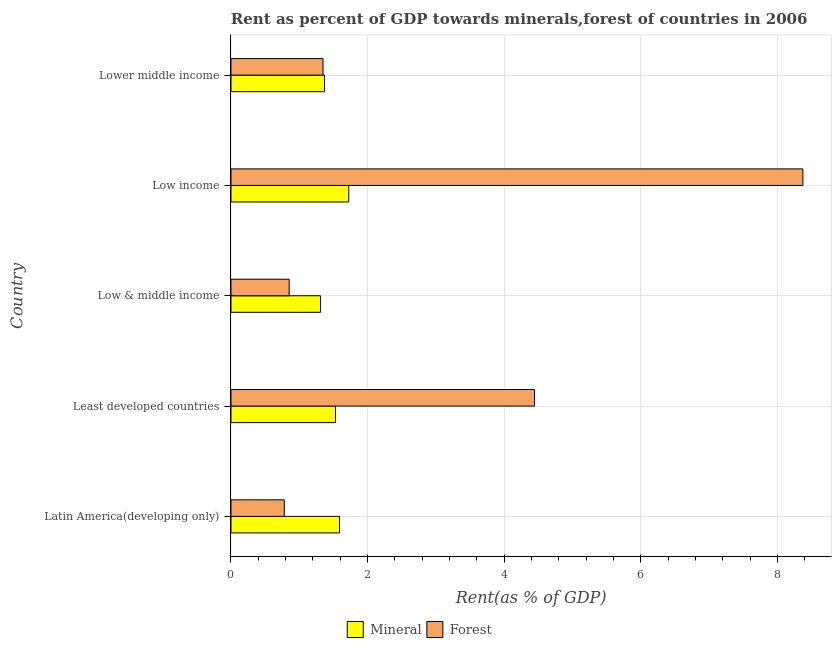
| Country | Mineral | Forest |
 | --- | --- | --- |
 | Latin America(developing only) | 1.59 | 0.781 |
 | Least developed countries | 1.53 | 4.44 |
 | Low & middle income | 1.31 | 0.852 |
 | Low income | 1.72 | 8.37 |
 | Lower middle income | 1.37 | 1.35 |